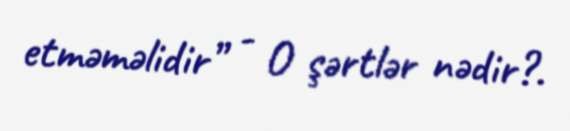
etməməlidir” - O şərtlər nədir?.